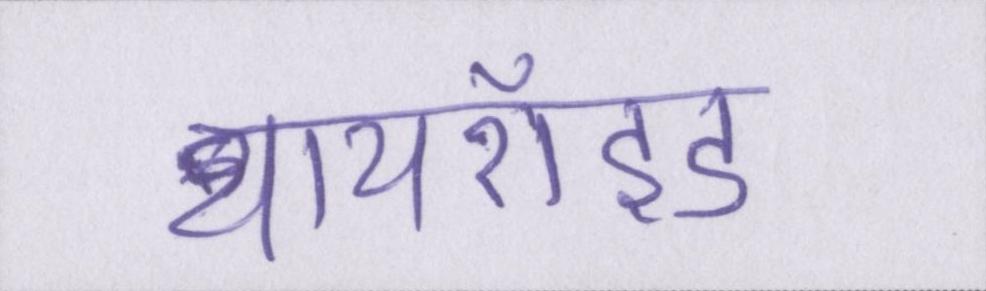
थायरॉइड